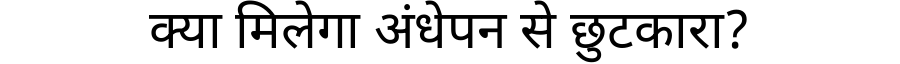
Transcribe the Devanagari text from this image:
क्या मिलेगा अंधेपन से छुटकारा?